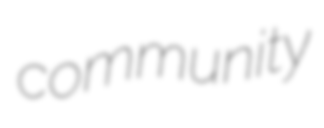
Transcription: community